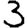
Digit: 3